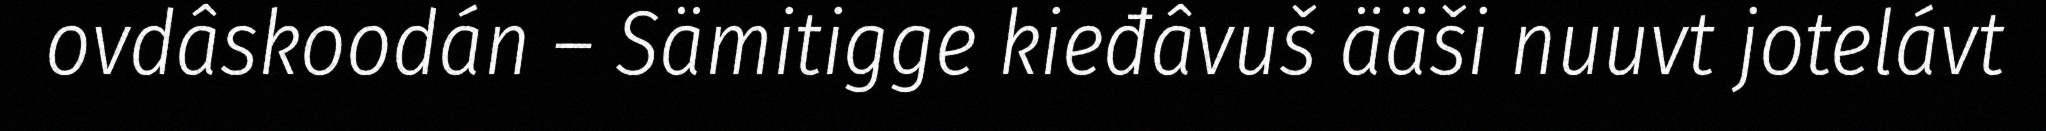
ovdâskoodán – Sämitigge kieđâvuš ääši nuuvt jotelávt